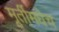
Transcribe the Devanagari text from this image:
मूर्तीमधेच